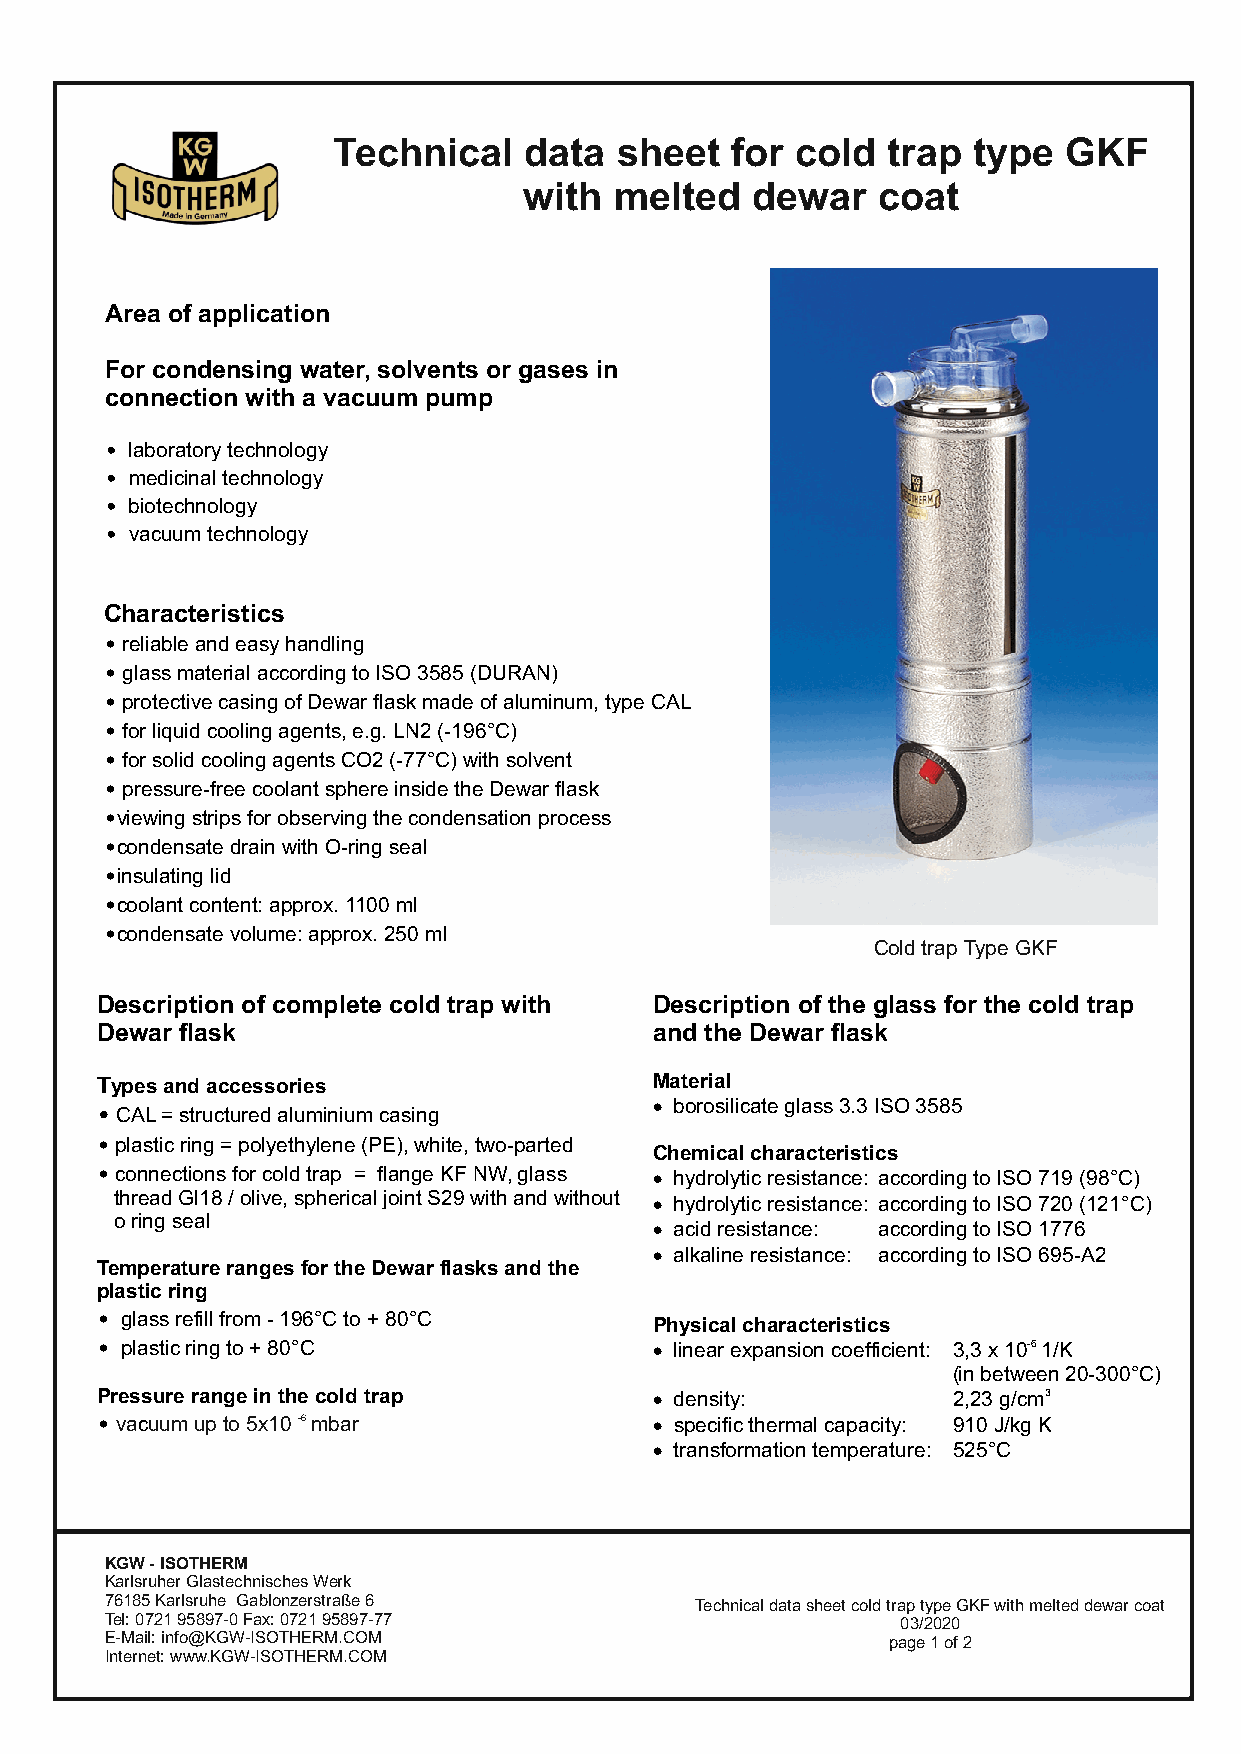
Technical    data  sheet  for  cold  trap type  GKF
 with  melted   dewar   coat
 Area of application
 For condensing water, solvents or gases in
 connection with a vacuum pump
 • laboratory technology
 • medicinal technology
 • biotechnology
 • vacuum technology
 Characteristics
 • reliable and easy handling
 • glass material according to ISO 3585 (DURAN)
 • protective casing of Dewar flask made of aluminum, type CAL
 • for liquid cooling agents, e.g. LN2 (-196°C)
 • for solid cooling agents CO2 (-77°C) with solvent
 • pressure-free coolant sphere inside the Dewar flask
 •viewing strips for observing the condensation process
 •condensate drain with O-ring seal
 •insulating lid
 •coolant content: approx. 1100 ml
 •condensate volume: approx. 250 ml
 Cold trap Type GKF
 Description of complete cold trap with Description of the glass for the cold trap
 Dewar flask                          and the Dewar flask
 Types and accessories                Material
 • CAL = structured aluminium casing  · borosilicate glass 3.3 ISO 3585
 • plastic ring = polyethylene (PE), white, two-parted
 Chemical characteristics
 • connections for cold trap = flange KF NW, glass · hydrolytic resistance: according to ISO 719 (98°C)
 thread Gl18 / olive, spherical joint S29 with and without · hydrolytic resistance: according to ISO 720 (121°C)
 o ring seal
 · acid resistance: according to ISO 1776
 · alkaline resistance: according to ISO 695-A2
 Temperature ranges for the Dewar flasks and the
 plastic ring
 • glass refill from - 196°C to + 80°C Physical characteristics
 • plastic ring to + 80°C             · linear expansion coefficient: 3,3 x 10-6 1/K
 (in between 20-300°C)
 Pressure range in the cold trap      · density:          2,23 g/cm3
 • vacuum up to 5x10 -6 mbar          · specific thermal capacity: 910 J/kg K
 · transformation temperature: 525°C
 KGW - ISOTHERM
 Karlsruher Glastechnisches Werk
 76185 Karlsruhe Gablonzerstraße 6      Technical data sheet cold trap type GKF with melted dewar coat
 Tel: 0721 95897-0 Fax: 0721 95897-77                 03/2020
 E-Mail: info@KGW-ISOTHERM.COM                       page 1 of 2
 Internet: www.KGW-ISOTHERM.COM